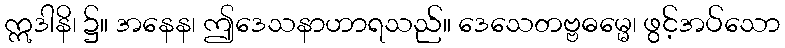
ဣဒါနိ၊ ၌။ အနေန၊ ဤဒေသနာဟာရသည်။ ဒေသေတဗ္ဗဓမ္မေ၊ ဖွင့်အပ်သော